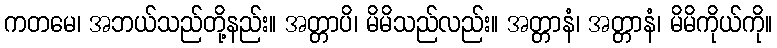
ကတမေ၊ အဘယ်သည်တို့နည်း။ အတ္တာပိ၊ မိမိသည်လည်း။ အတ္တာနံ၊ အတ္တာနံ၊ မိမိကိုယ်ကို။